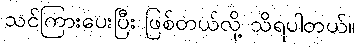
သင်ကြားပေးပြီး ဖြစ်တယ်လို့ သိရပါတယ်။